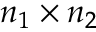
n _ { 1 } \times n _ { 2 }